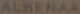
ALBERAR